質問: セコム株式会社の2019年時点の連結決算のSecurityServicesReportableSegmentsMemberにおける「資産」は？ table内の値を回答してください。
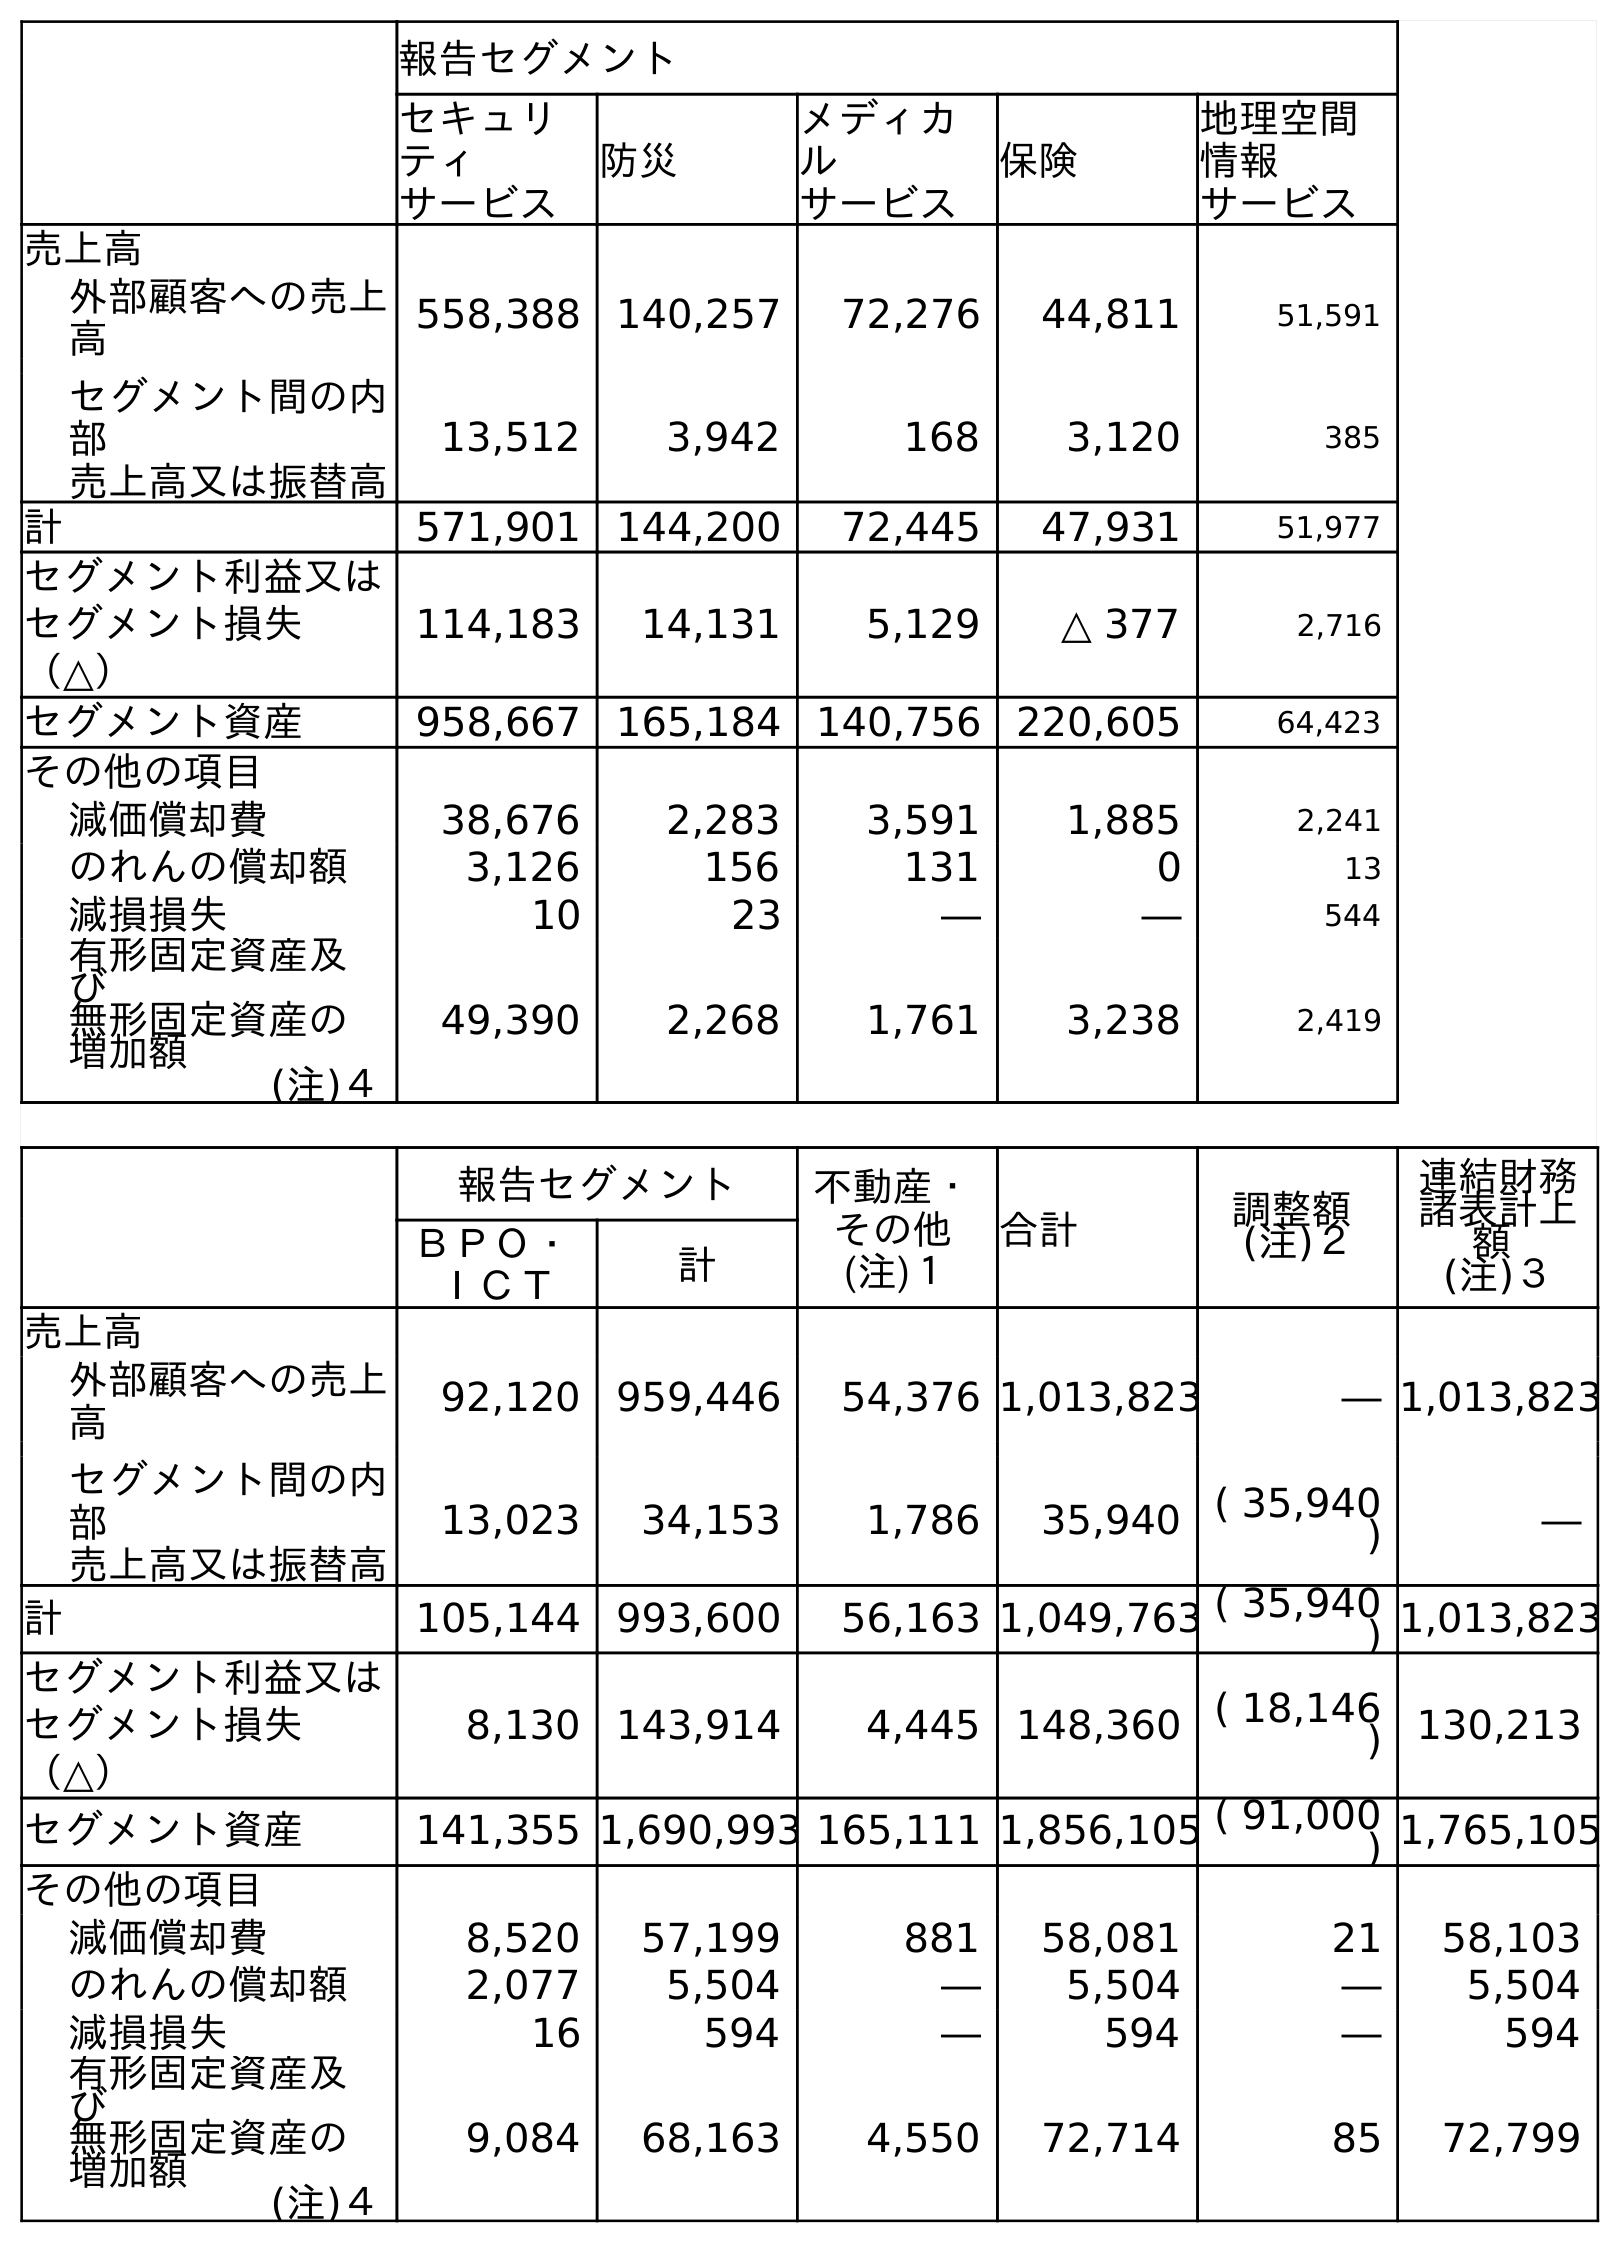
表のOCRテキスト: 報告セグメント セキュリ ティ サービス 防災 メディカ ル サービス 保険 地理空間 情報 サービス 売上高 外部顧客への売上 高 558,388 140,257 72,276 44,811 51,591 セグメント間の内 部 売上高又は振替高 13,512 3,942 168 3,120 385 計 571,901 144,200 72,445 47,931 51,977 セグメント利益又は セグメント損失 （△） 114,183 14,131 5,129 △ 377 2,716 セグメント資産 958,667 165,184 140,756 220,605 64,423 その他の項目 減価償却費 38,676 2,283 3,591 1,885 2,241 のれんの償却額 3,126 156 131 0 13 減損損失 10 23 ― ― 544 有形固定資産及 び 無形固定資産の 増加額 (注)４ 49,390 2,268 1,761 3,238 2,419 報告セグメント 不動産・ その他 (注)１ 合計 調整額 (注)２ 連結財務 諸表計上 額 (注)３ ＢＰＯ・ ＩＣＴ 計 売上高 外部顧客への売上 高 92,120 959,446 54,376 1,013,823 ― 1,013,823 セグメント間の内 部 売上高又は振替高 13,023 34,153 1,786 35,940 ( 35,940 ) ― 計 105,144 993,600 56,163 1,049,763 ( 35,940 ) 1,013,823 セグメント利益又は セグメント損失 （△） 8,130 143,914 4,445 148,360 ( 18,146 ) 130,213 セグメント資産 141,355 1,690,993 165,111 1,856,105 ( 91,000 ) 1,765,105 その他の項目 減価償却費 8,520 57,199 881 58,081 21 58,103 のれんの償却額 2,077 5,504 ― 5,504 ― 5,504 減損損失 16 594 ― 594 ― 594 有形固定資産及 び 無形固定資産の 増加額 (注)４ 9,084 68,163 4,550 72,714 85 72,799
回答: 958,667